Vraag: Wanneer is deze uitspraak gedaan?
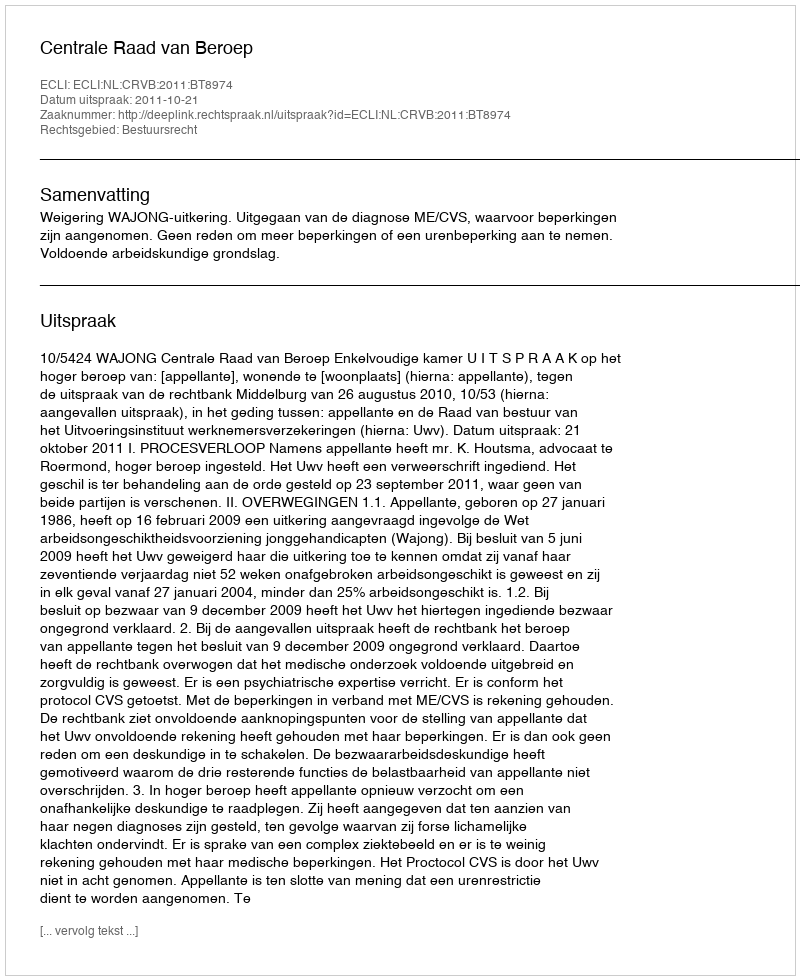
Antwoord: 2011-10-21